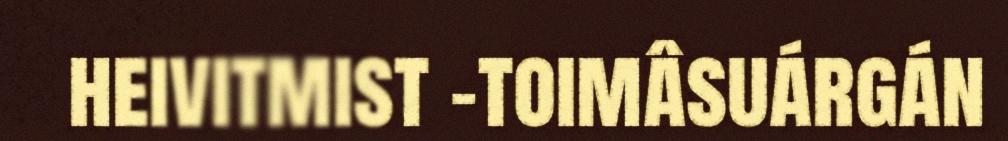
heivitmist -toimâsuárgán